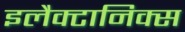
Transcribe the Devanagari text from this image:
इलैक्टानिक्स